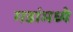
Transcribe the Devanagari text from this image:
गडांमध्ये